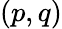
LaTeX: (p,q)